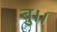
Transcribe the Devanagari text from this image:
बु।।